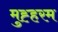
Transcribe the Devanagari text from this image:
मुह्हरम